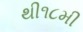
થી૧૮મી